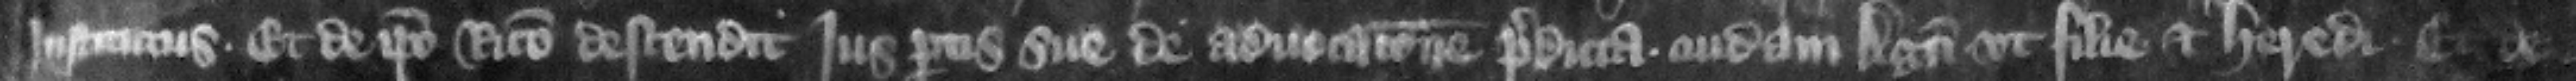
institutus. Et de ipso Ricardo descendit is partis sue de aduocacione predicta cuidam Agneti vt filie et heredi et de